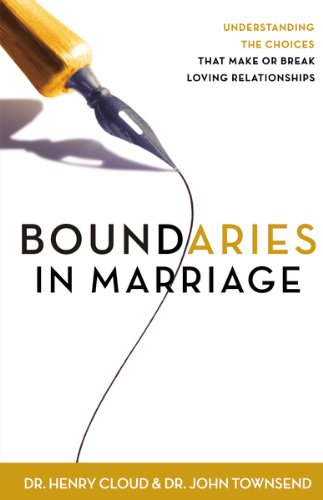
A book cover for Boundaries in Marriage; Henry Cloud; Parenting & Relationships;